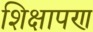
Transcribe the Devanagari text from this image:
शिक्षापण